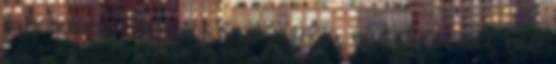
pszichológus - a bírók szupervíziója, mint olyan, még nem